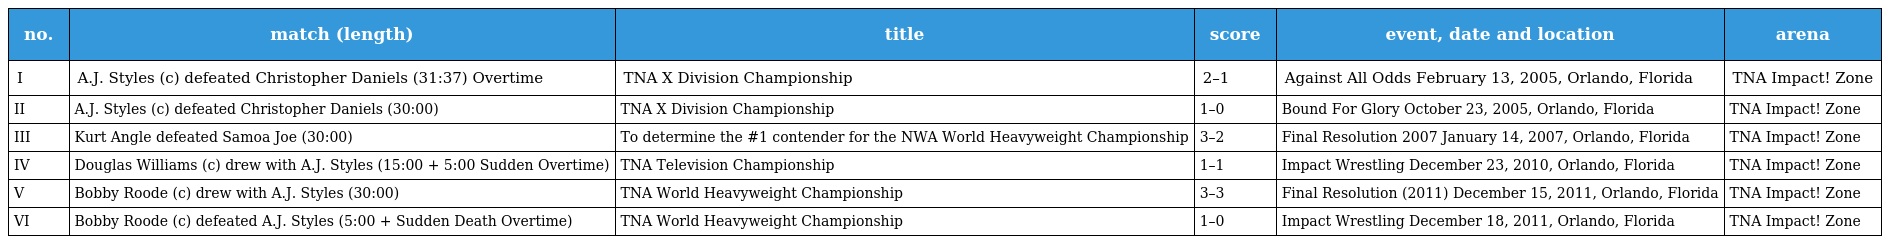
| no. | match (length) | title | score | event, date and location | arena |
 | --- | --- | --- | --- | --- | --- |
 | I | A.J. Styles (c) defeated Christopher Daniels (31:37) Overtime | TNA X Division Championship | 2–1 | Against All Odds February 13, 2005, Orlando, Florida | TNA Impact! Zone |
 | II | A.J. Styles (c) defeated Christopher Daniels (30:00) | TNA X Division Championship | 1–0 | Bound For Glory October 23, 2005, Orlando, Florida | TNA Impact! Zone |
 | III | Kurt Angle defeated Samoa Joe (30:00) | To determine the #1 contender for the NWA World Heavyweight Championship | 3–2 | Final Resolution 2007 January 14, 2007, Orlando, Florida | TNA Impact! Zone |
 | IV | Douglas Williams (c) drew with A.J. Styles (15:00 + 5:00 Sudden Overtime) | TNA Television Championship | 1–1 | Impact Wrestling December 23, 2010, Orlando, Florida | TNA Impact! Zone |
 | V | Bobby Roode (c) drew with A.J. Styles (30:00) | TNA World Heavyweight Championship | 3–3 | Final Resolution (2011) December 15, 2011, Orlando, Florida | TNA Impact! Zone |
 | VI | Bobby Roode (c) defeated A.J. Styles (5:00 + Sudden Death Overtime) | TNA World Heavyweight Championship | 1–0 | Impact Wrestling December 18, 2011, Orlando, Florida | TNA Impact! Zone |